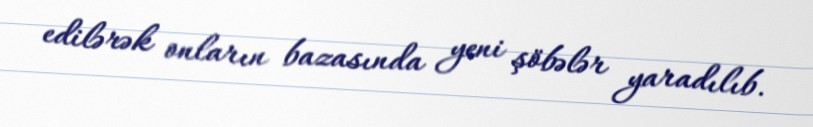
edilərək onların bazasında yeni şöbələr yaradılıb.